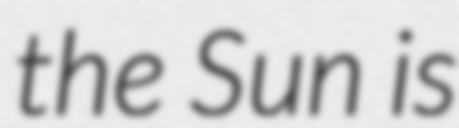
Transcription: the Sun is